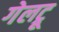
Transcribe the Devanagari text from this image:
गेलट्रू